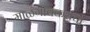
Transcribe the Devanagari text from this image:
माळगांवकरांचा